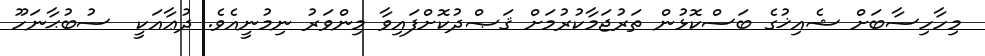
މިހާހިސާބަށް ޝެއިޚުގެ ބަސްކޮޅުން ތަރުޖަމާކުރުމަށް ޤަޞްދުކޮށްފައިވާ މިންވަރު ނިމުނީއެވެ. ދުޢާއަކީ  ސުބުޙާނަހޫ